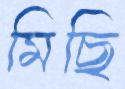
মিছি